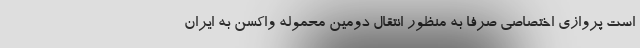
است پروازی اختصاصی صرفا به منظور انتقال دومین محموله واکسن به ایران